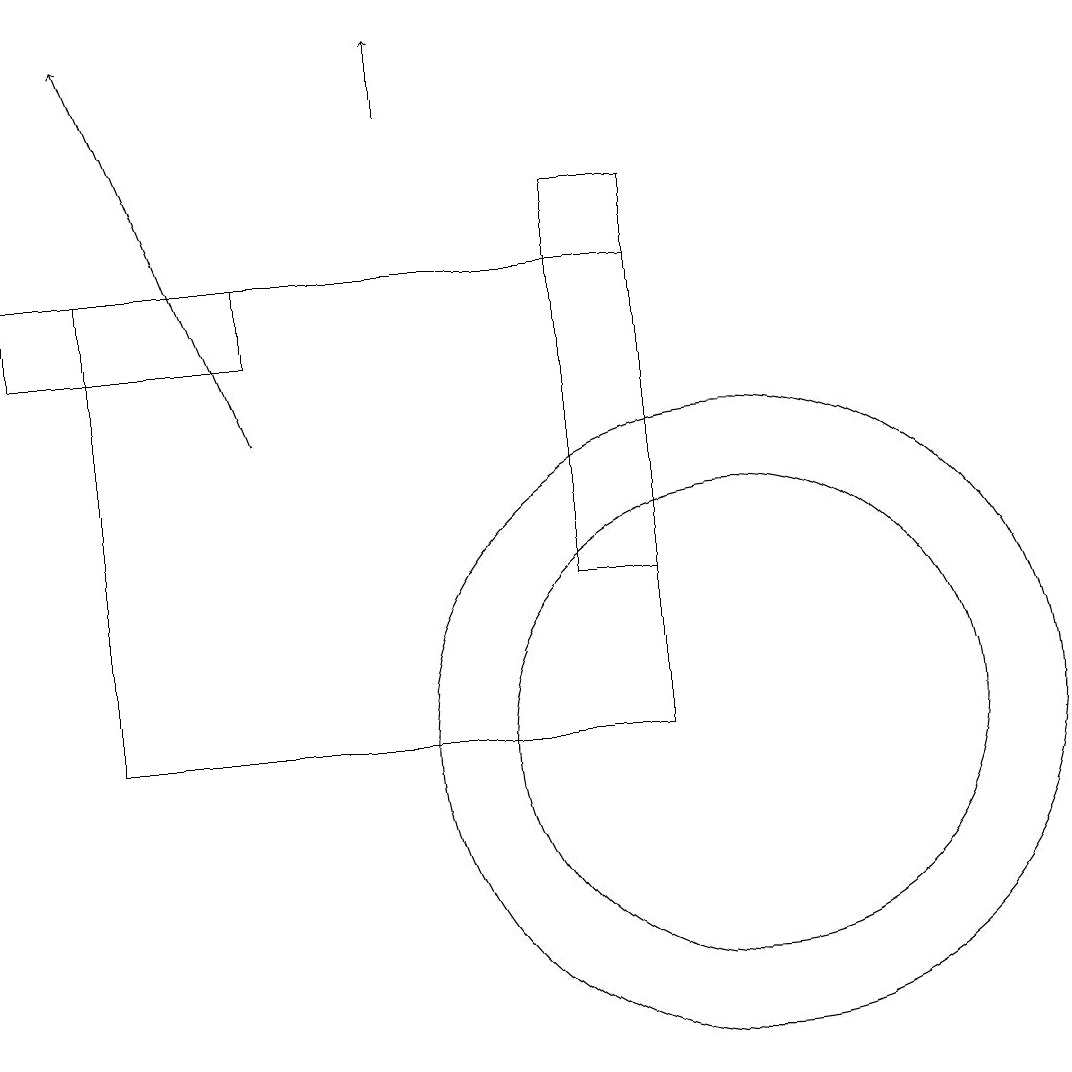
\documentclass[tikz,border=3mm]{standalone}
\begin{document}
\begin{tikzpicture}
\draw[->] (6,18) -- (6,19);
\draw (1,16) rectangle (4,15);
\draw (10,10) circle (4);
\draw (2,10) rectangle (9,16);
\draw (8,17) rectangle (9,12);
\draw[->] (4,14) -- (2,19);
\draw (10,10) circle (3);
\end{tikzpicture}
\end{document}